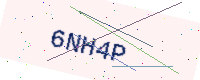
Text: 6NH4P